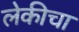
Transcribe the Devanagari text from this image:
लेकीचा